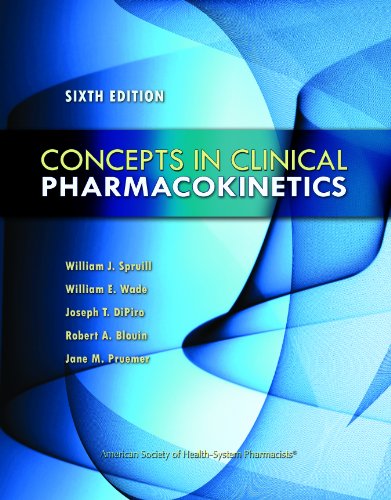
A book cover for Concepts in Clinical Pharmacokinetics: Sixth Edition; Dr. William Spruill PharmD  FASHP; Medical Books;